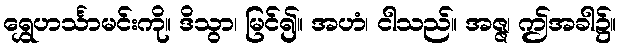
ရွှေဟင်္သာမင်းကို။ ဒိသွာ၊ မြင်၍။ အဟံ၊ ငါသည်။ အဇ္ဇ၊ ဤအခါ၌။